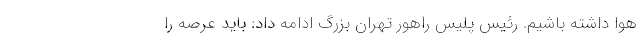
هوا داشته باشیم. رئیس پلیس راهور تهران بزرگ ادامه داد: باید عرصه را